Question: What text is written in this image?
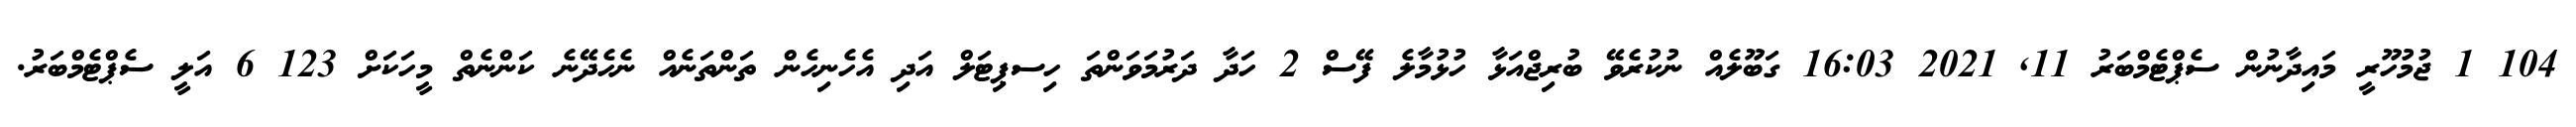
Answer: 104 1 ޖުމުހޫރީ މައިދާނުން ސެޕްޓެމްބަރު 11, 2021 16:03 ގަބޫލެއް ނުކުރެވޭ ބުރިޖްއަޅާ ހުޅުމާލެ ފޭސް 2 ހަދާ ދަރުމަވަންތަ ހިސޕިޓަލް އަދި އެހެނިހެން ތަންތަނެއް ނެހެދޭނެ ކަންނެތް މީހަކަށް 123 6 އަލީ ސެޕްޓެމްބަރު.